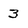
Character: 3